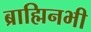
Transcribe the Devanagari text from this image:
ब्राह्मिनभी